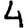
Digit: 4